Leaving Certificate Examination, 1922
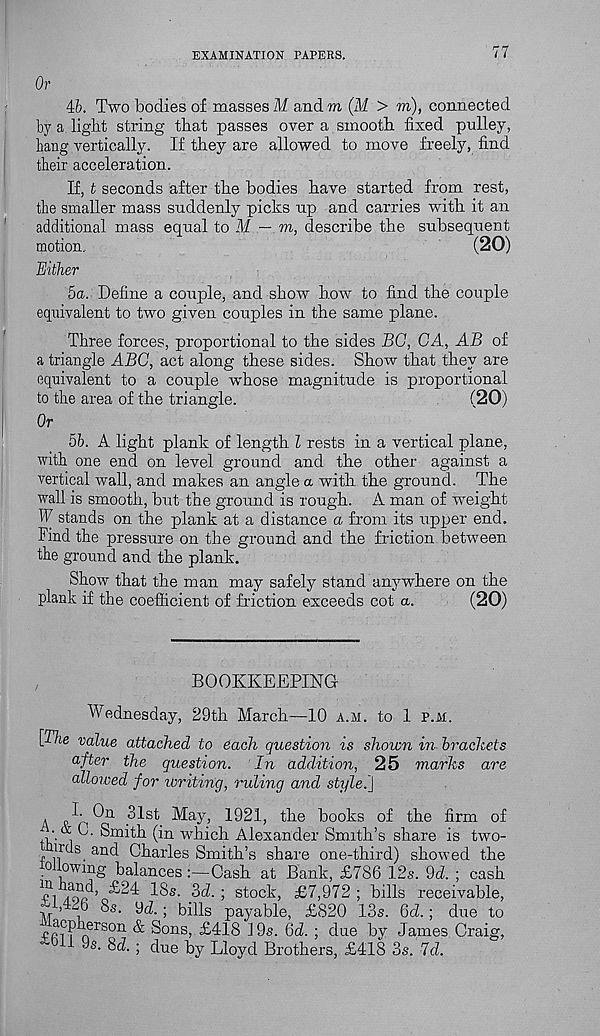
EXAMINATION PAPERS.
77
Or
ih. Two bodies of masses M andm (M > m), connected
by a light string that passes over a smooth fixed pulley,
bang vertically. If they are allowed to move freely, find
their acceleration.
If, t seconds after the bodies have started from rest,
the smaller mass suddenly picks up and carries with it an
additional mass equal to M — m, describe the subsequent
motion,
(20)
Hither
5a. Define a couple, and show how to find the couple
equivalent to two given couples in the same plane.
Three forces, proportional to the sides BG, GA, AB of
a triangle ABC, act along these sides. Show that they are
equivalent to a couple whose magnitude is proportional
to the area of the triangle.
(20)
Or
5b. A light plank of length l rests in a vertical plane,
with one end on level ground and the other against a
vertical wall, and makes an angle a with the ground. The
wall is smooth, but the ground is rough. A man of 'weight
W stands on the plank at a distance a from its upper end.
Find the pressure on the ground and the friction between
the ground and the plank.
Show that the man may safely stand anywhere on the
plank if the coefficient of friction exceeds cot a.
(20)
BOOKKEEPING
Wednesday, 29th March-—10 a.m. to 1 p.m.
[The value attached to each question is shown in brackets
after the question. In addition, 25 marks are
allowed for writing, ruling and style.]
A
May, 1921, the books of the firm of
/.
Smith (in which Alexander Smith’s share is two-
uds. and Charles Smith’s share one-third) showed the
o owing balances:—Cash at Bank, £786 12s. 9d. ; cash
/foK’
3d. ; stock, £7,972 ; bills receivable,
8s. 9d.; bills payable, £820 13s. 6d.; due to
7 | !f rson ^ Sons, £4-18 19s. Qd. ; due by James Craig,
Jii 9s - 3d. ; due by Lloyd Brothers, £418 3s. Id.